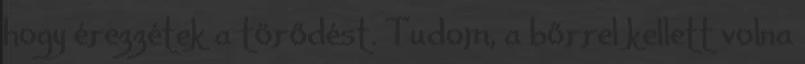
hogy érezzétek a törődést. Tudom, a bőrrel kellett volna